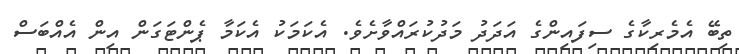
ތިބޭ އެމެރިކާގެ ސިފައިންގެ އަދަދު މަދުކުރައްވާށެވެ. އެކަމަކު އެކަމާ ޕެންޓަގަން އިން އެއްބަސް